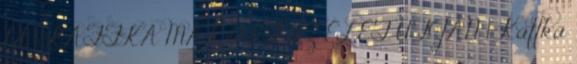
hit 1 KAFFKA MARGIT AZ ÉLET ÚTJÁN 1 Kaffka